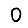
Digit: 0